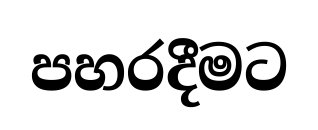
පහරදීමට